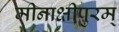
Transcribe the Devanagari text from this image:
मीनाक्षीपुरम्